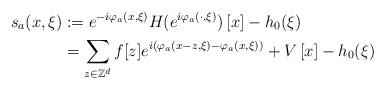
LaTeX: \begin{align*}s_a(x,\xi)&:=e^{-i\varphi_a(x,\xi)}H(e^{i\varphi_a(\cdot,\xi)})\left[x\right]-h_0(\xi) \\ &=\sum_{z\in\mathbb{Z}^d} f[z] e^{i(\varphi_a(x-z,\xi)-\varphi_a(x,\xi))}+V\left[x\right]-h_0(\xi)\end{align*}